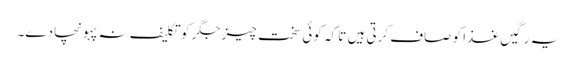
یہ رگیں غذا کو صاف کرتی ہیں تا کہ کوئی سخت چیز جگر کو تکلیف نہ پہونچا دے۔